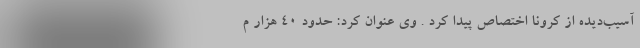
آسیب‌دیده از کرونا اختصاص پیدا کرد . وی عنوان کرد: حدود ۴۰ هزار م